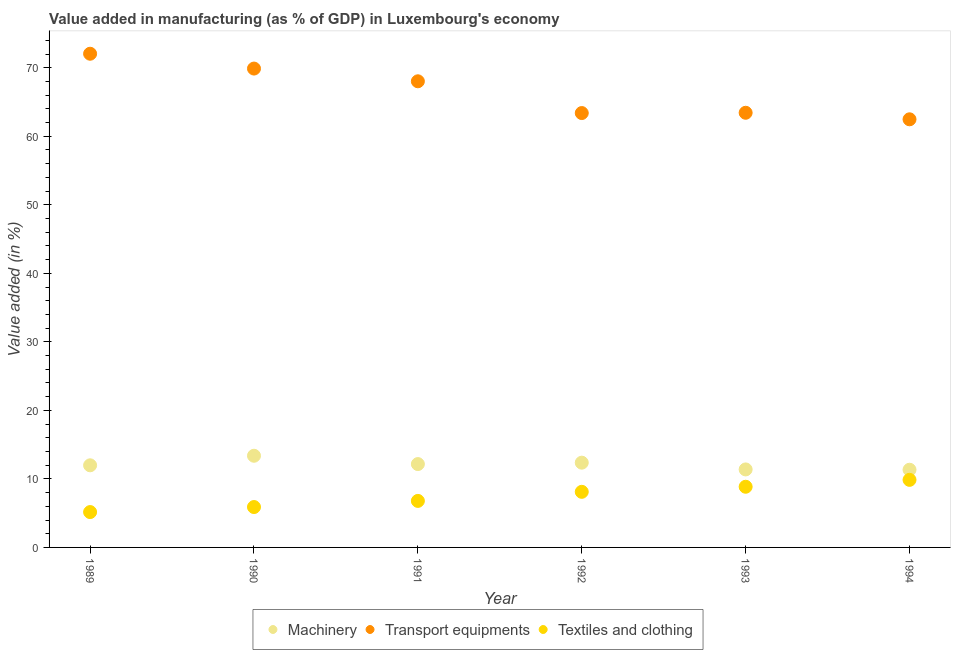
| Year | Machinery | Transport equipments | Textiles and clothing |
 | --- | --- | --- | --- |
 | 1989 | 12 | 72 | 5.16 |
 | 1990 | 13.4 | 69.9 | 5.89 |
 | 1991 | 12.2 | 68 | 6.79 |
 | 1992 | 12.4 | 63.4 | 8.11 |
 | 1993 | 11.4 | 63.4 | 8.85 |
 | 1994 | 11.3 | 62.5 | 9.86 |